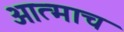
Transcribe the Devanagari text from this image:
आत्माच